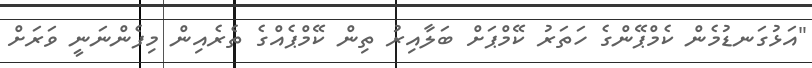
"އަޅުގަނޑުމެން ކެމްޕޭންގެ ހަތަރު ކޭމްޕަށް ބަލާއިރު ތިން ކޭމްޕެއްގެ ތެރެއިން މިފެންނަނީ ވަރަށް